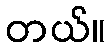
တယ်။